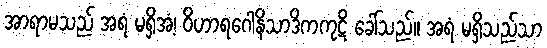
အာရာမသည် အရံ မရှိအံ့၊ ဝိဟာရဂေါနိသာဒိကကုဋိ ခေါ်သည်။ အရံ မရှိသည်သာ